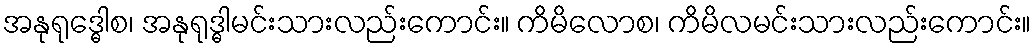
အနုရုဒ္ဓေါစ၊ အနုရုဒ္ဓါမင်းသားလည်းကောင်း။ ကိမိလောစ၊ ကိမိလမင်းသားလည်းကောင်း။